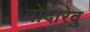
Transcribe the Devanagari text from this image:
वोदारेवु